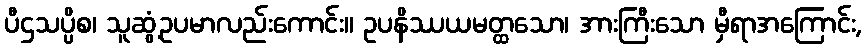
ပီဌသပ္ပိစ၊ သူဆွံ့ဥပမာလည်းကောင်း။ ဥပနိဿယမတ္ထသော၊ အားကြီးသော မှီရာအကြောင်း,